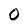
Character: 0